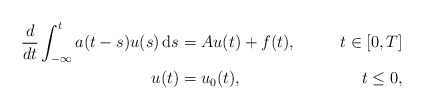
\begin{align*} \begin{aligned} \frac{d}{dt} \int_{-\infty}^t a(t-s)u(s) \, {\rm d}s &= Au(t) + f(t), \qquad& t \in [0,T] \\ u(t) &= u_0(t), \qquad& t \le 0, \end{aligned}\end{align*}